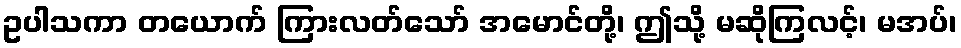
ဥပါသကာ တယောက် ကြားလတ်သော် အမောင်တို့၊ ဤသို့ မဆိုကြလင့်၊ မအပ်၊